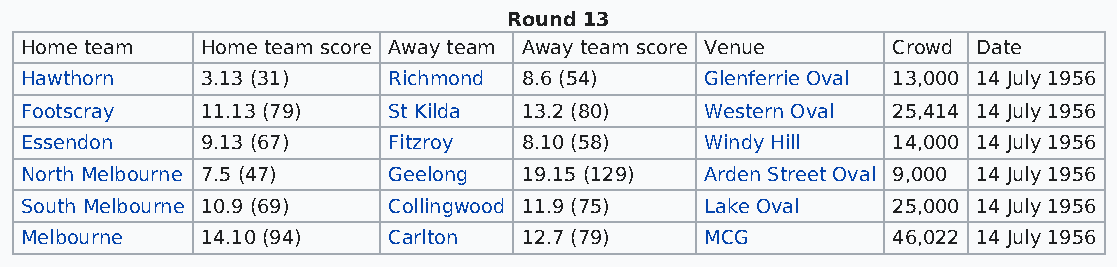
Round 13
 Home team   Home team score Away team Away team score Venue Crowd Date
 Hawthorn    3.13 (31)    Richmond 8.6 (54)    Glenferrie Oval 13,000 14 July 1956
 Footscray   11.13 (79)   St Kilda 13.2 (80)   Western Oval 25,414 14 July 1956
 Essendon    9.13 (67)    Fitzroy  8.10 (58)   Windy Hill  14,000 14 July 1956
 North Melbourne 7.5 (47) Geelong  19.15 (129) Arden Street Oval 9,000 14 July 1956
 South Melbourne 10.9 (69) Collingwood 11.9 (75) Lake Oval 25,000 14 July 1956
 Melbourne   14.10 (94)   Carlton  12.7 (79)   MCG         46,022 14 July 1956